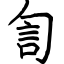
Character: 訇